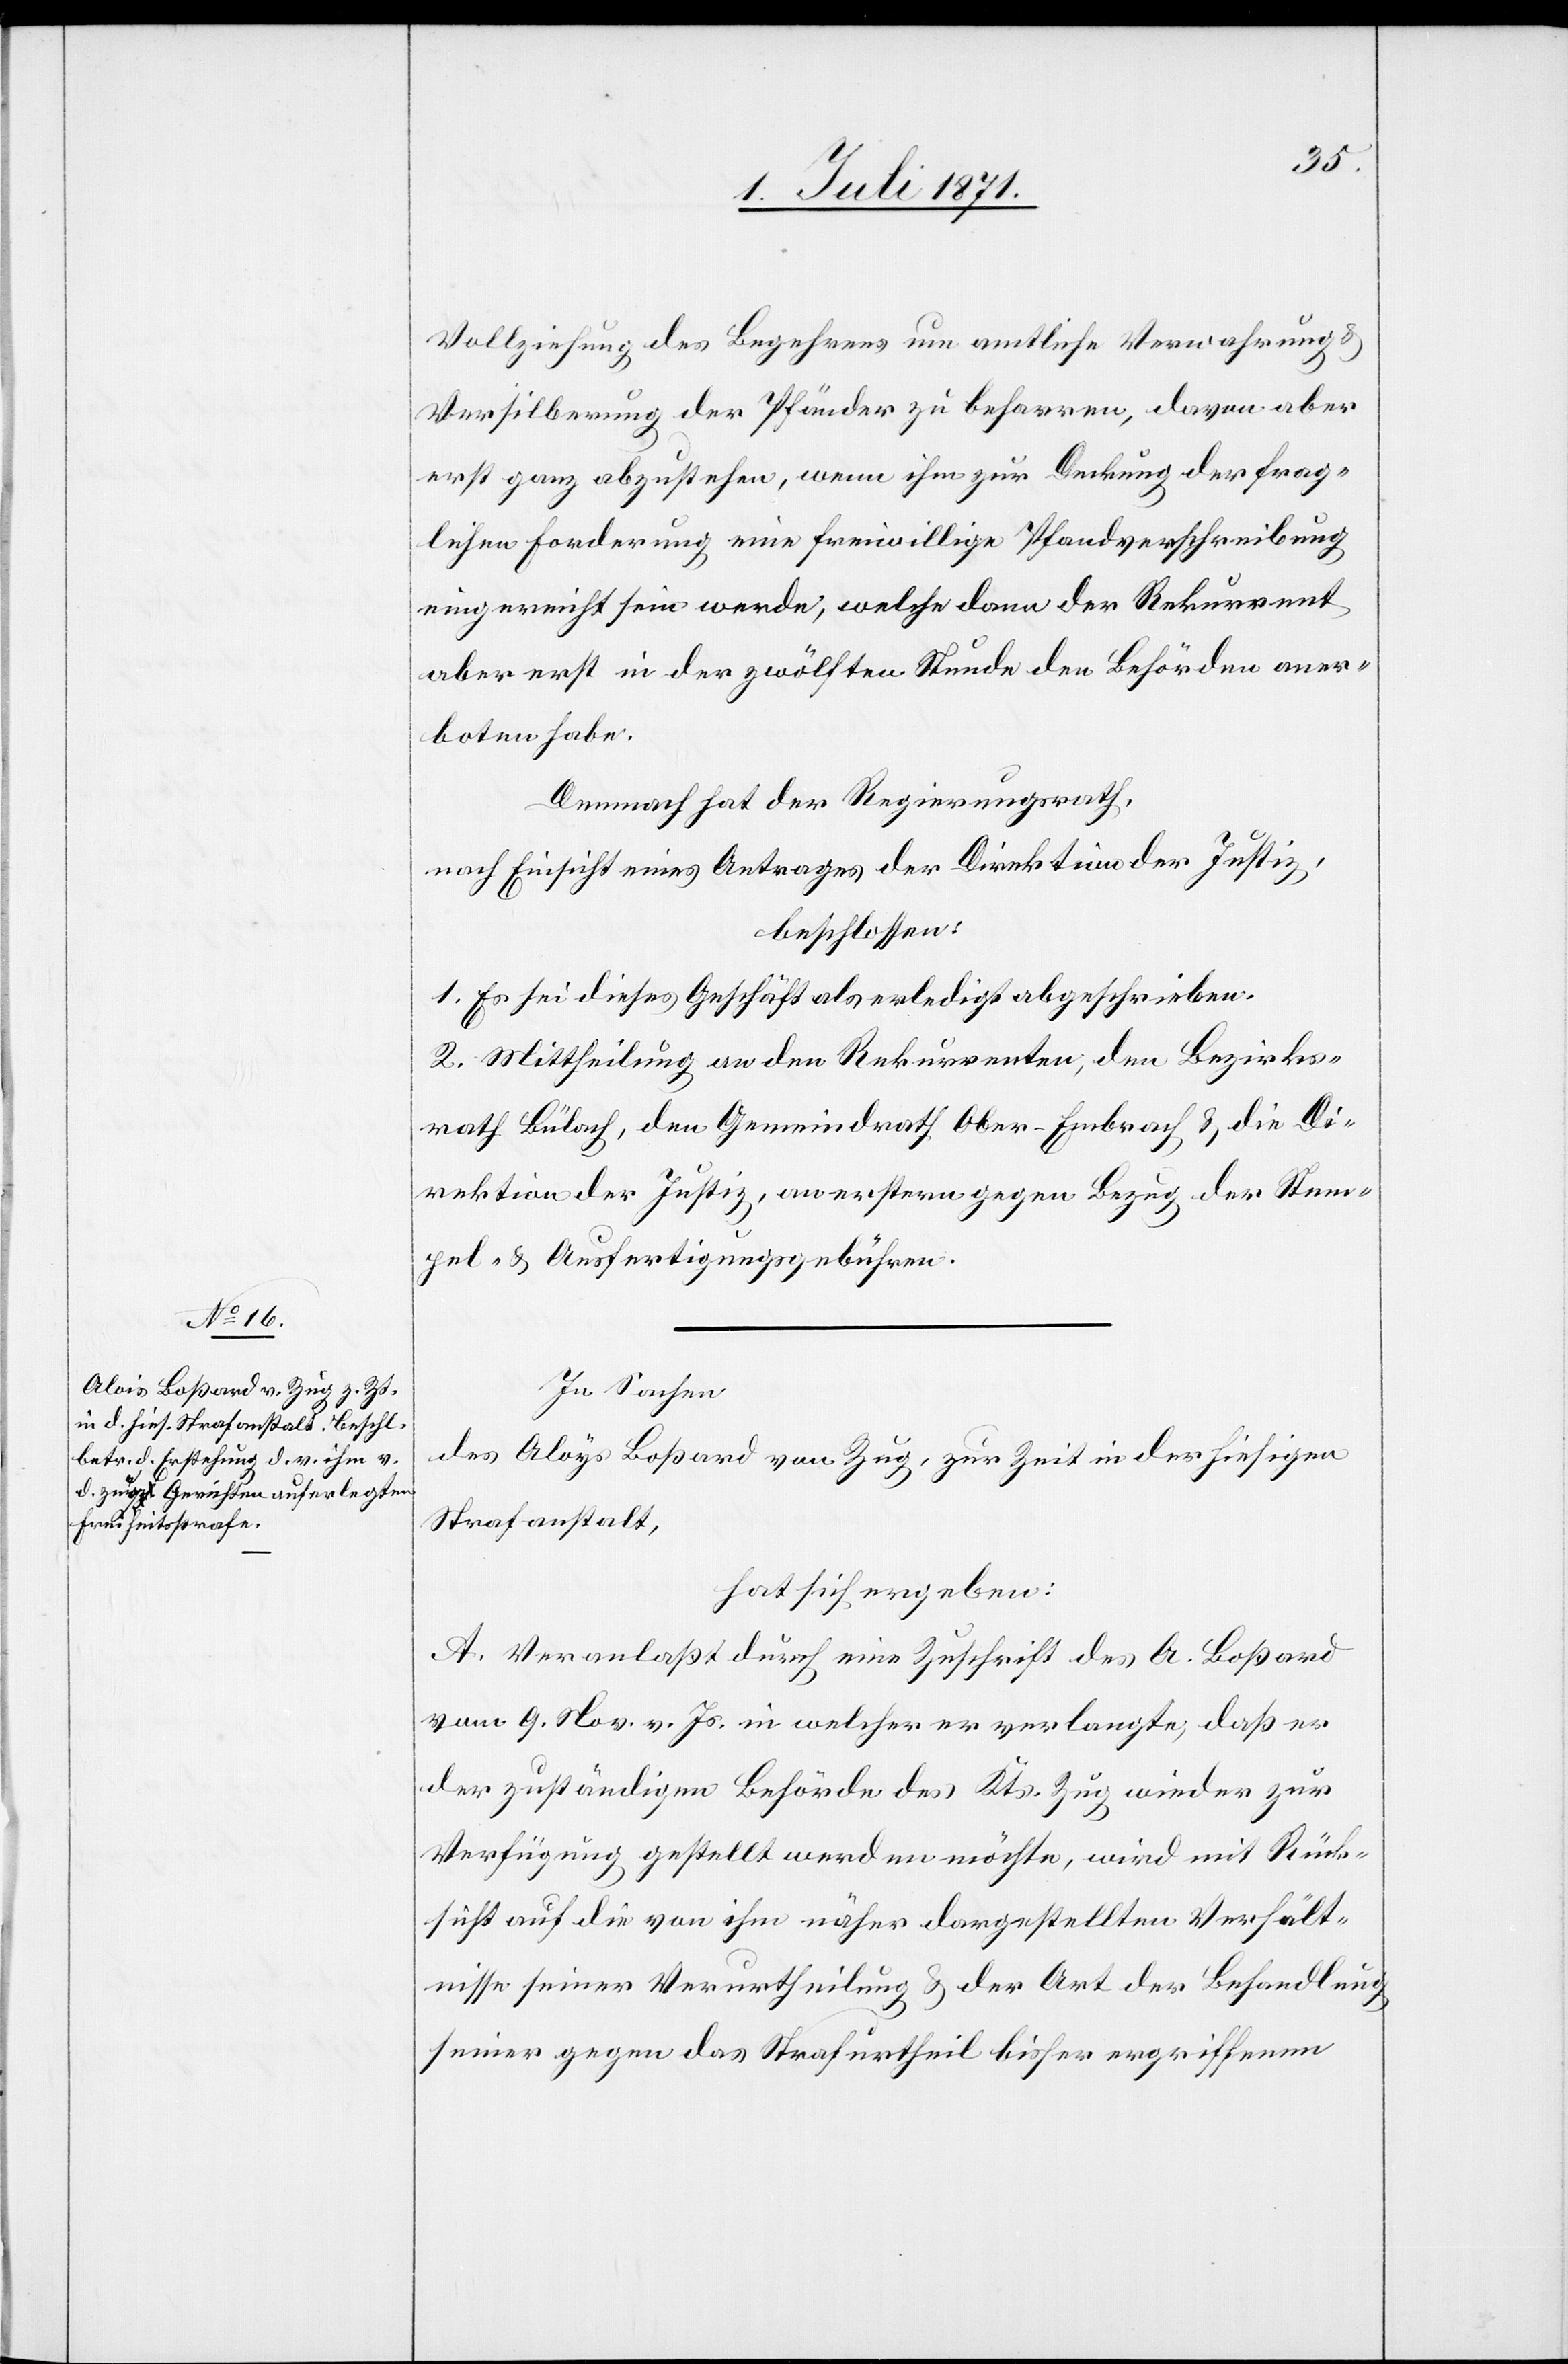
Vollziehung des Begehrens um amtliche Verwahrung u.
Versilberung der Pfänder zu beharren, davon aber
erst ganz abzustehen, wenn ihm zur Deckung der frag¬
lichen Forderung eine freiwillige Pfandverschreibung
eingereicht sein werde, welche dann der Rekurrent
aber erst in der zwölften Stunde den Behörden aner¬
boten habe.
Demnach hat der Regierungsrath,
nach Einsicht eines Antrages der Direktion der Justiz,
beschlossen:
1. Es sei dieses Geschäft als erledigt abgeschrieben.
2. Mittheilung an den Rekurrenten, den Bezirks¬
rath Bülach, den Gemeindrath Ober-Embrach u. die Di¬
rektion der Justiz, an erstere gegen Bezug der Stem¬
pel- u. Ausfertigungsgebühren.
In Sachen
des Aloys [sic!] Boßard von Zug, zur Zeit in der hiesigen
Strafanstalt,
hat sich ergeben:
A. Veranlaßt durch eine Zuschrift des A. Boßard
vom 9. Nov. v. Js. in welcher er verlangte, daß er
der zuständigen Behörde des Kts. Zug wieder zur
Verfügung gestellt werden möchte, wird mit Rück¬
sicht auf die von ihm näher dargestellten Verhält¬
nisse seiner Verurtheilung u. der Art der Behandlung
seiner gegen das Strafurtheil bisher ergriffenen